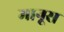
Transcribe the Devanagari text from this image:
मानूस